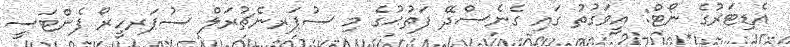
އެޑިޓަރުގެ ނޯޓް: އީވަގުތު ގައި ގެނެސްދޭ ފަތުޙުގެ މި ސުޕަރނެޗުރަލް ސުޕަރހީރޯ ފެންޓަސީ